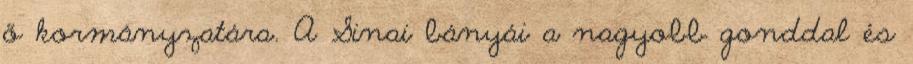
ő kormányzatára. A Sinai bányái a nagyobb gonddal és